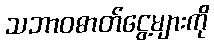
သဘာဝဓာတ်ငွေ့များကို